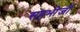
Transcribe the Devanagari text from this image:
सहभोजों